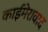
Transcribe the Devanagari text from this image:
काईमेरावाद